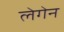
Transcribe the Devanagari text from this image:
लेगेन